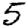
Digit: 5